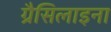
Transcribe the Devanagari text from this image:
ग्रैसिलाइना